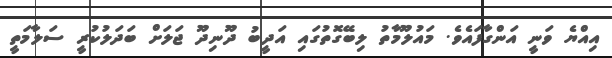
އިއްޔެ ވަނީ އަންގާފައެވެ. މައުލޫމާތު ލިބޭގޮތުގައި އަދީބު ދޫނިދޫ ޖަލަށް ބަދަލުކުރީ ސަލާމަތީ